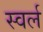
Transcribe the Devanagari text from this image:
स्वर्ल